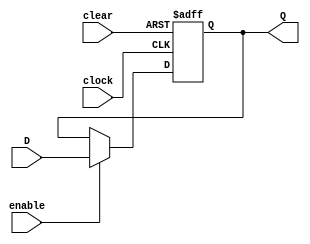
// REGISTRADOR SNCRONO DE 4 BITS -------------------------------------------------------
module registrador_4 (
    input        clock,
    input        clear,
    input        enable,
    input  [3:0] D,
    output [3:0] Q
);

    reg [3:0] IQ;

    always @(posedge clock or posedge clear) begin
        if (clear)
            IQ <= 0;
        else if (enable)
            IQ <= D;
    end

    assign Q = IQ;

endmodule